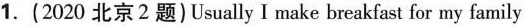
1. (2020北京2题) Usually I make breakfast for my family